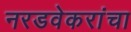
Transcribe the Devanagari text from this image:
नरडवेकरांचा